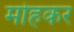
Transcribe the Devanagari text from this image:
मोहकर